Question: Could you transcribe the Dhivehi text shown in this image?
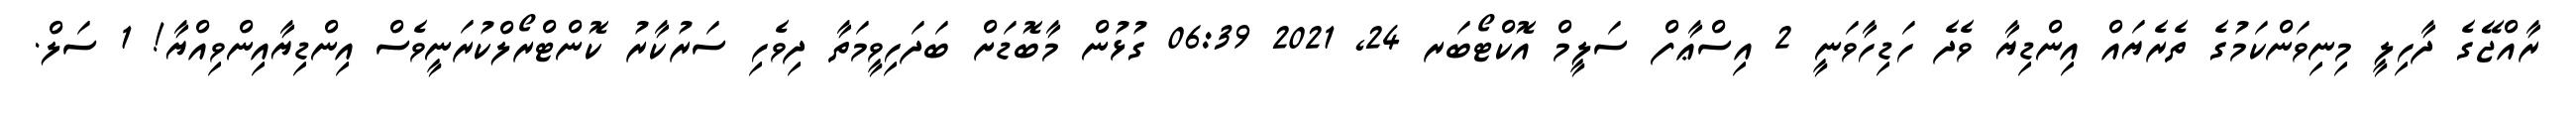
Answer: ރާއްޖޭގެ ދާހިލީ މިނިވަންކަމުގެ ތެރެޔައް އިންޑިޔާ ވެދެ ހަޑިހާވަނީ 2 އިސްޢާފް ސަލީމް އޮކްޓޯބަރ 24, 2021 06:39 ގުޅުން މާބޮޑަށް ބަދަހިވީމަތާ ދިވެހި ސަރުކާރު ކޮންޓްރޯލްކުރަނީވެސް އިންޑިޔާއިންވިއްޔާ! 1 ސަލް.